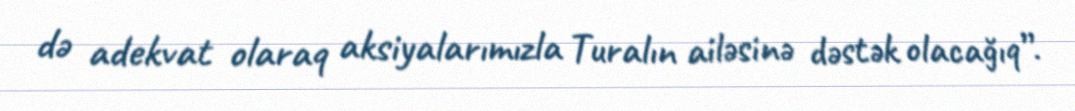
də adekvat olaraq aksiyalarımızla Turalın ailəsinə dəstək olacağıq”.